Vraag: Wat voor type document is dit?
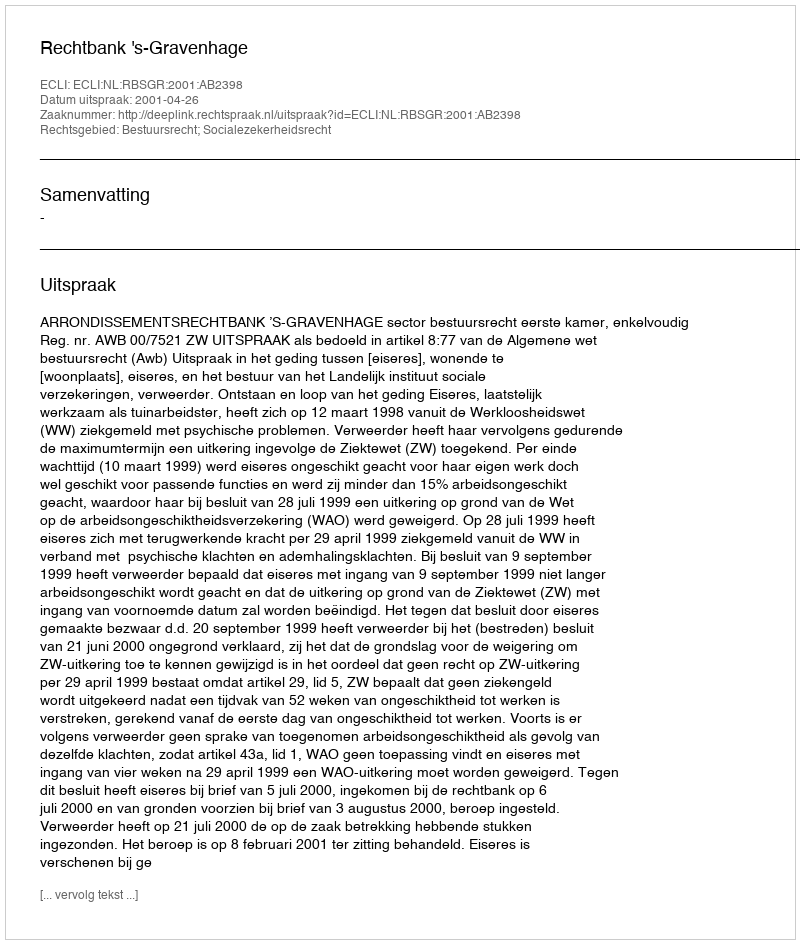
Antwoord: Uitspraak